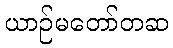
ယာဉ်မတော်တဆ